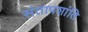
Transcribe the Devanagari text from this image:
संतापशांति